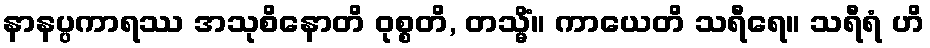
နာနပ္ပကာရဿ အသုစိနောတိ ဝုစ္စတိ, တသ္မိံ။ ကာယေတိ သရီရေ။ သရီရံ ဟိ